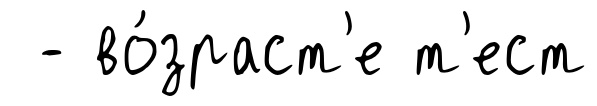
- во́зраст'е т'ест